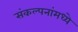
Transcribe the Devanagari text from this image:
संकल्पनांमध्ये